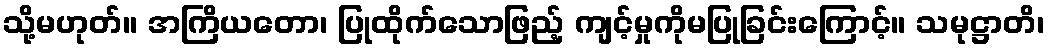
သို့မဟုတ်။ အကြိယတော၊ ပြုထိုက်သောဖြည့် ကျင့်မှုကိုမပြုခြင်းကြောင့်။ သမုဋ္ဌာတိ၊